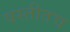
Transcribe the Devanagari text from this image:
वस्तीतच